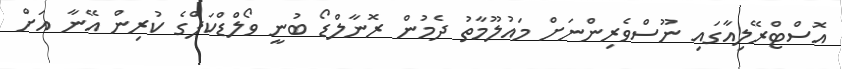
އޮސްޓްރޭލިއާގައި ނޫސްވެރިންނަށް މައުލޫމާތު ދެމުން ރޮނާލްޑޯ ބުނީ ވޯލްޑްކަޕްގެ ކުރިން އޭނާ އަށް